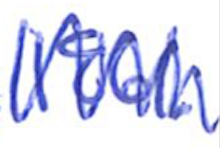
Text: 1861.
Cross-out: zig-zag
Writing tool: ballpoint